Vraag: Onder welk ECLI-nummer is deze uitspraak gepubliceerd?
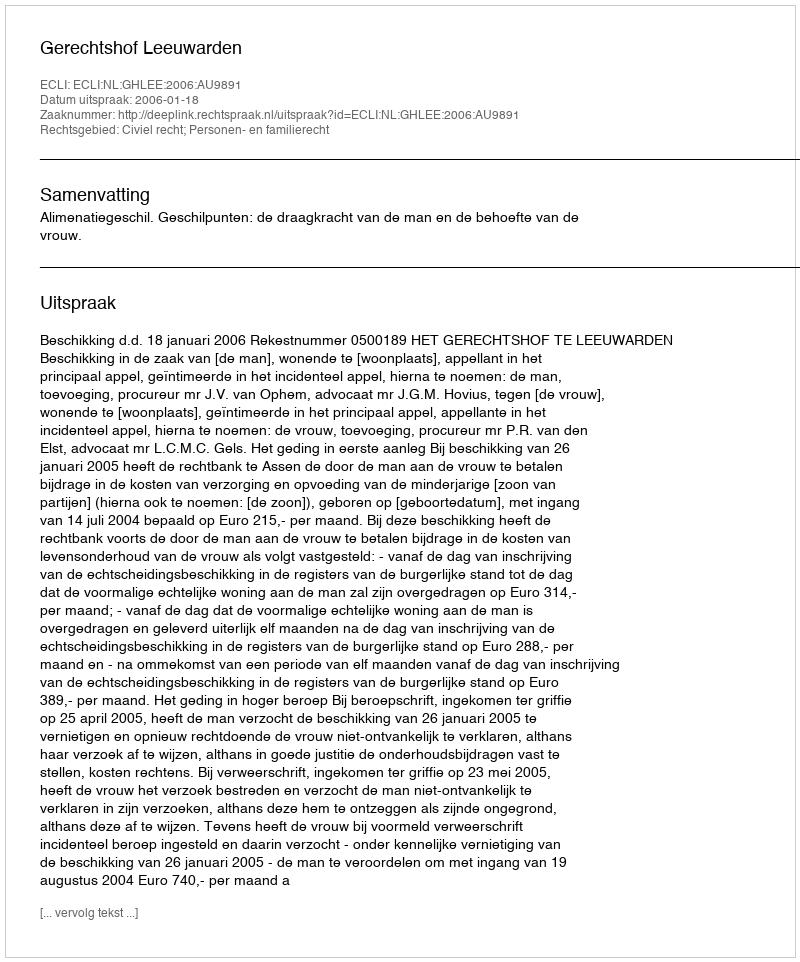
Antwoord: ECLI:NL:GHLEE:2006:AU9891